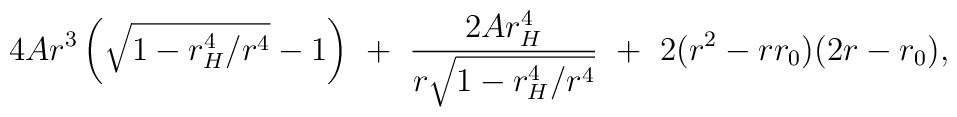
4Ar^3\left(\sqrt{1-r_H^4/r^4}-1\right)\ +\ \frac{2Ar_H^4}{r\sqrt{1-r_H^4/r^4}}\ +\ 2(r^2-rr_0)(2r-r_0),